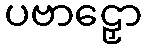
ပဗာဠှော